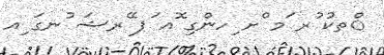
ްތކު ުރ ަމ ްށ ިހންގި ޮއ ަޕ ޭރޝަ ުނގަ ިއ